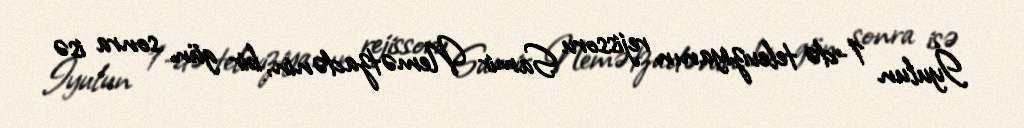
İyulun 1-də televiziyanın rejissoru Samir Nemətzadənin, bir gün sonra isə